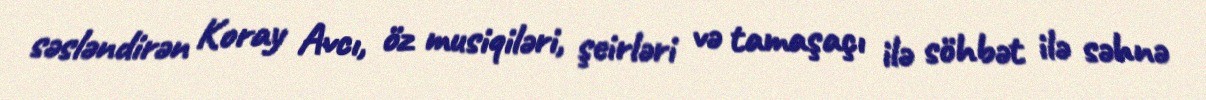
səsləndirən Koray Avcı, öz musiqiləri, şeirləri və tamaşaçı ilə söhbət ilə səhnə